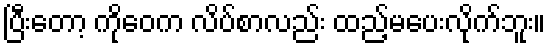
ပြီးတော့ ကိုဝေက လိပ်စာလည်း ထည့်မပေးလိုက်ဘူး။